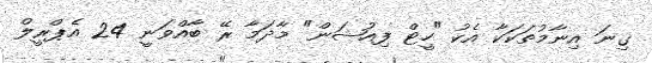
ގިނަ އިނާމުތަކަކާ އެކު "ހީޓް ފިއުޝަން" މާދަމާ ރޭ ބާއްވަނީ 24 އެޕްރީލް